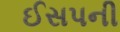
ઈસપની